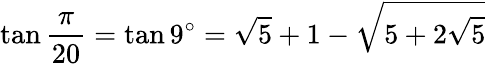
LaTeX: \tan{\frac{\pi}{20}}=\tan 9^{\circ}={\sqrt{5}}+1-{\sqrt{5+2{\sqrt{5}}}}